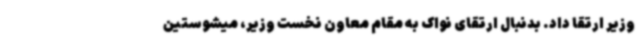
وزیر ارتقا داد. بدنبال ارتقای نواک به مقام معاون نخست وزیر، میشوستین